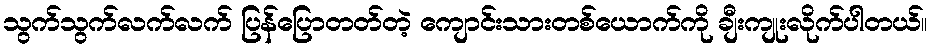
သွက်သွက်လက်လက် ပြန်ပြောတတ်တဲ့ ကျောင်းသားတစ်ယောက်ကို ချီးကျုးလိုက်ပါတယ်။